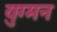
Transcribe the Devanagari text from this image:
युग्‍मन